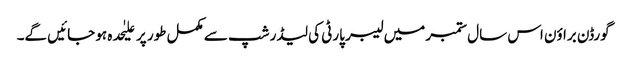
گورڈن براؤن اس سال ستمبر میں لیبر پارٹی کی لیڈر شپ سے مکمل طور پر علیٰحدہ ہو جائیں گے۔